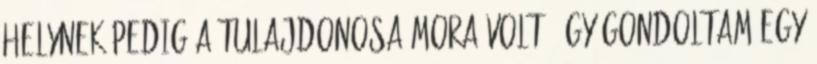
helynek pedig a tulajdonosa mora volt, így gondoltam egy